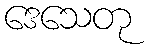
ဒေသေတု